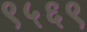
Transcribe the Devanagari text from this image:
९५६९